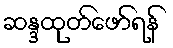
ဆန္ဒထုတ်ဖော်ရန်